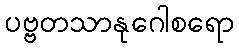
ပဗ္ဗတသာနုဂေါစရော